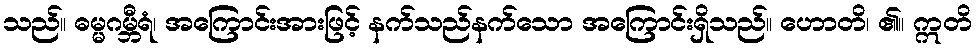
သည်။ ဓမ္မဂမ္ဘီရံ၊ အကြောင်းအားဖြင့် နက်သည်နက်သော အကြောင်းရှိသည်။ ဟောတိ၊ ၏။ ဣတိ